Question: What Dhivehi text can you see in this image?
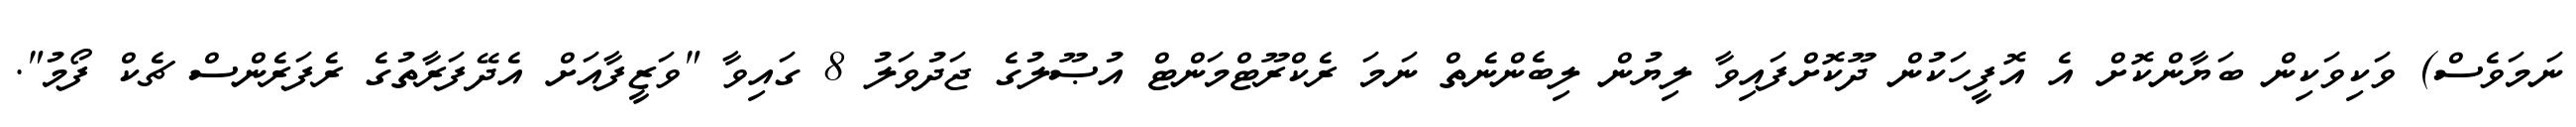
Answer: ނަމަވެސް) ވަކިވަކިން ބަޔާންކޮށް އެ އޮފީހަކުން ދޫކޮށްފައިވާ ލިޔުން ލިބެންނެތް ނަމަ ރެކްރޫޓްމަންޓް އުޞޫލުގެ ޖަދުވަލު 8 ގައިވާ "ވަޒީފާއަށް އެދޭފަރާތުގެ ރެފަރެންސް ޗެކް ފޯމު".